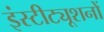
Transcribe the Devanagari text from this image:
इंस्टीट्यूशनों